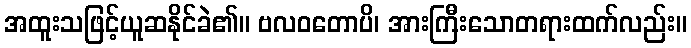
အထူးသဖြင့်ယူဆနိုင်ခဲ၏။ ဗလဝတောပိ၊ အားကြီးသောတရားထက်လည်း။